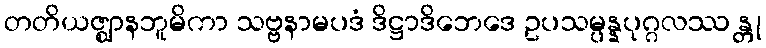
တတိယဇ္ဈာနဘူမိကာ သဗ္ဗနာမပဒံ ဒိဋ္ဌာဒိဘေဒေ ဥပသမ္ပန္နပုဂ္ဂလဿ န္တု